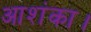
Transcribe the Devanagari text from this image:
आशंका।